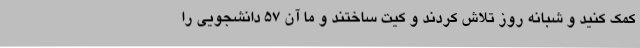
کمک کنید و شبانه روز تلاش کردند و کیت ساختند و ما آن ۵۷ دانشجویی را